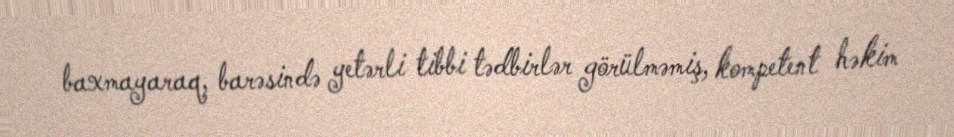
baxmayaraq, barəsində yetərli tibbi tədbirlər görülməmiş, kompetent həkim